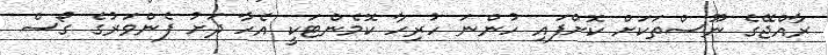
ރާއްޖޭގެ ނޫސްތަކަށް ކޮށްފައި ހުންނަ ހުރިހާ ކޮމެންޓަކީ އެހާ ދަށު ފެންވަރުގެ ގޯސް